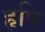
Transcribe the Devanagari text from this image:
हृषि